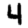
Digit: 4